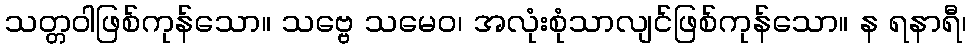
သတ္တဝါဖြစ်ကုန်သော။ သဗ္ဗေ သမေဝ၊ အလုံးစုံသာလျင်ဖြစ်ကုန်သော။ န ရနာရီ၊